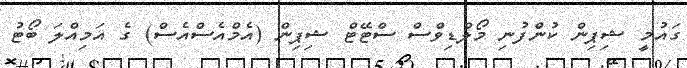
ގައުމީ ޝިޕިން ކުންފުނި މޯލްޑިވްސް ސްޓޭޓް ޝިޕިން (އެމްއެސްއެސް) ގެ އަމިއްލަ ބޯޓު